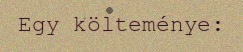
Egy költeménye: